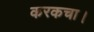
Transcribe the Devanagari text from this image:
करकचा।